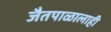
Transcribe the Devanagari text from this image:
जैतपाळालाही